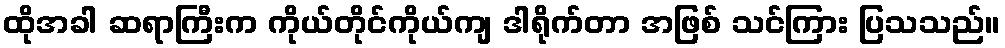
ထိုအခါ ဆရာကြီးက ကိုယ်တိုင်ကိုယ်ကျ ဒါရိုက်တာ အဖြစ် သင်ကြား ပြသသည်။